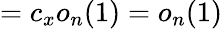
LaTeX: =c_{x}o_{n}(1)=o_{n}(1)